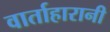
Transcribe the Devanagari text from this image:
वार्ताहारानी